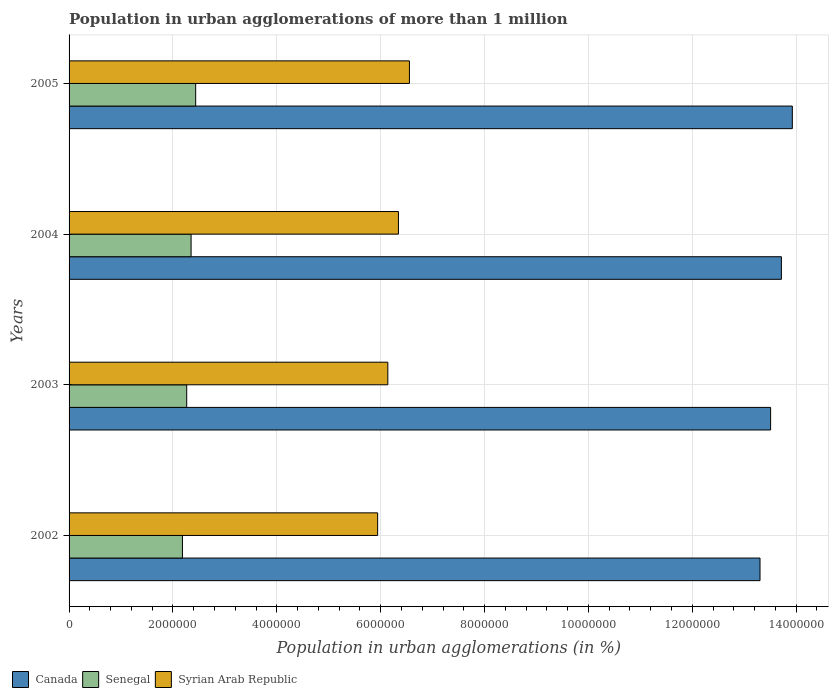
| Years | Canada | Senegal | Syrian Arab Republic |
 | --- | --- | --- | --- |
 | 2002 | 1.33e+07 | 2.18e+06 | 5.94e+06 |
 | 2003 | 1.35e+07 | 2.26e+06 | 6.14e+06 |
 | 2004 | 1.37e+07 | 2.35e+06 | 6.34e+06 |
 | 2005 | 1.39e+07 | 2.44e+06 | 6.55e+06 |